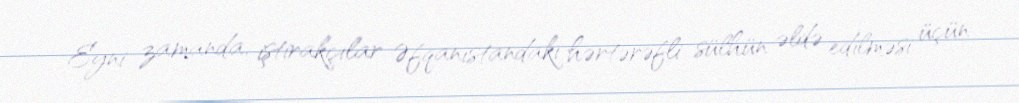
Eyni zamanda, iştirakçılar Əfqanıstandakı hərtərəfli sülhün əldə edilməsi üçün